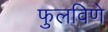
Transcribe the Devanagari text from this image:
फुलविणे